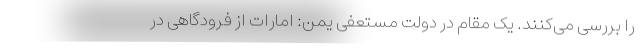
را بررسی می‌کنند. یک مقام در دولت مستعفی یمن: امارات از فرودگاهی در